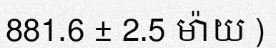
881.6 ± 2.5 ម៉ាយ )